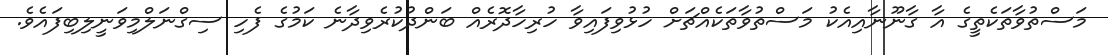
މަސްތުވާތަކެތީގެ އާ ގާނޫނާއިއެކު މަސްތުވާތަކެއްޗަށް ހުޅުވިފައިވާ ހުރިހާދޮރެއް ބަންދުކުރެވިދާނެ ކަމުގެ ފެހި ސިގްނަލްމިވަނީލިބިފައެވެ.